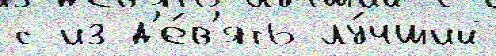
с из д'е́в'ять лу́чший